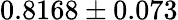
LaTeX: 0.8168\pm 0.073